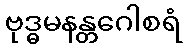
ဗုဒ္ဓမနန္တဂေါစရံ